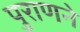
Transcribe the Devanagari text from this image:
पुराणने